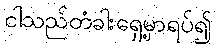
ငါသည်တံခါးရှေ့မှာရပ်၍